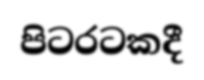
පිටරටකදී